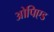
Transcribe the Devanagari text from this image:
ओपिएड